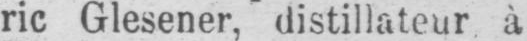
ric Glesener, distillateur à,